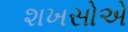
શખસોએ